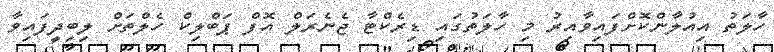
ހާލަތު އިއުލާންކޮށްފައިވާއިރު މި ހާލަތުގައި ޑިރެކްޓާ ޖެނެރަލް އޮފް ޕަބްލިކް ހެލްތަށް ލިބިދީފައިވާ